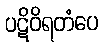
ပဋိဝိရတံပေ